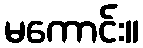
မကောင်း။